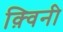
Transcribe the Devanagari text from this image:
क़्विनी